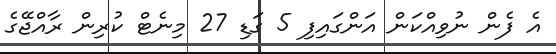
އެ ފެން ނުވިއްކަން އަންގައިފި 5 ގަޑި 27 މިނެޓް ކުރިން ރާއްޖޭގެ